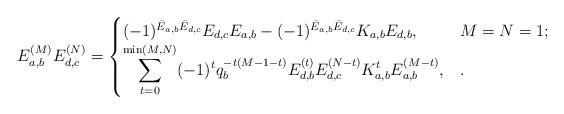
LaTeX: \begin{align*}E_{a,b}^{(M)}E_{d,c}^{(N)}=\begin{cases}(-1)^{\bar E_{a,b}\bar E_{d,c}}E_{d,c}E_{a,b}-(-1)^{\bar E_{a,b}\bar E_{d,c}}K_{a,b}E_{d,b},&M=N=1;\\\displaystyle \sum_{t=0}^{\min(M,N)} (-1)^tq_{b}^{-t(M-1-t)} E_{d,b}^{(t)}E_{d,c}^{(N-t)}K_{a,b}^{t}E_{a,b}^{(M-t)},&.\end{cases}\end{align*}